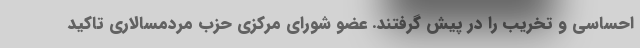
احساسی و تخریب را در پیش گرفتند. عضو شورای مرکزی حزب مردمسالاری تاکید